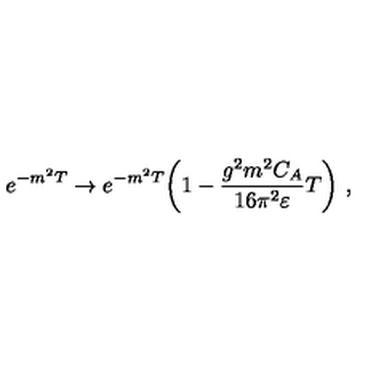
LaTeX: e ^ { - m ^ { 2 } T } \rightarrow e ^ { - m ^ { 2 } T } \biggl ( 1 - \frac { g ^ { 2 } m ^ { 2 } C _ { A } } { 1 6 \pi ^ { 2 } \varepsilon } T \biggr ) \ ,